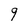
Character: 9